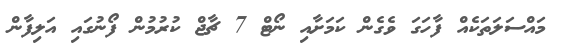
މައްސަލަތަކެއް ފާހަގަ ވެގެން ކަމަށާއި ނޯޓް 7 ޗާޖް ކުރުމުން ފޯނުގައި އަލިފާން